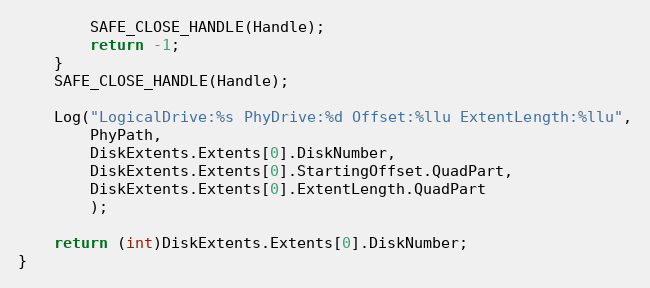
Language: C
        SAFE_CLOSE_HANDLE(Handle);
        return -1;
    }
    SAFE_CLOSE_HANDLE(Handle);

    Log("LogicalDrive:%s PhyDrive:%d Offset:%llu ExtentLength:%llu",
        PhyPath,
        DiskExtents.Extents[0].DiskNumber,
        DiskExtents.Extents[0].StartingOffset.QuadPart,
        DiskExtents.Extents[0].ExtentLength.QuadPart
        );

    return (int)DiskExtents.Extents[0].DiskNumber;
}